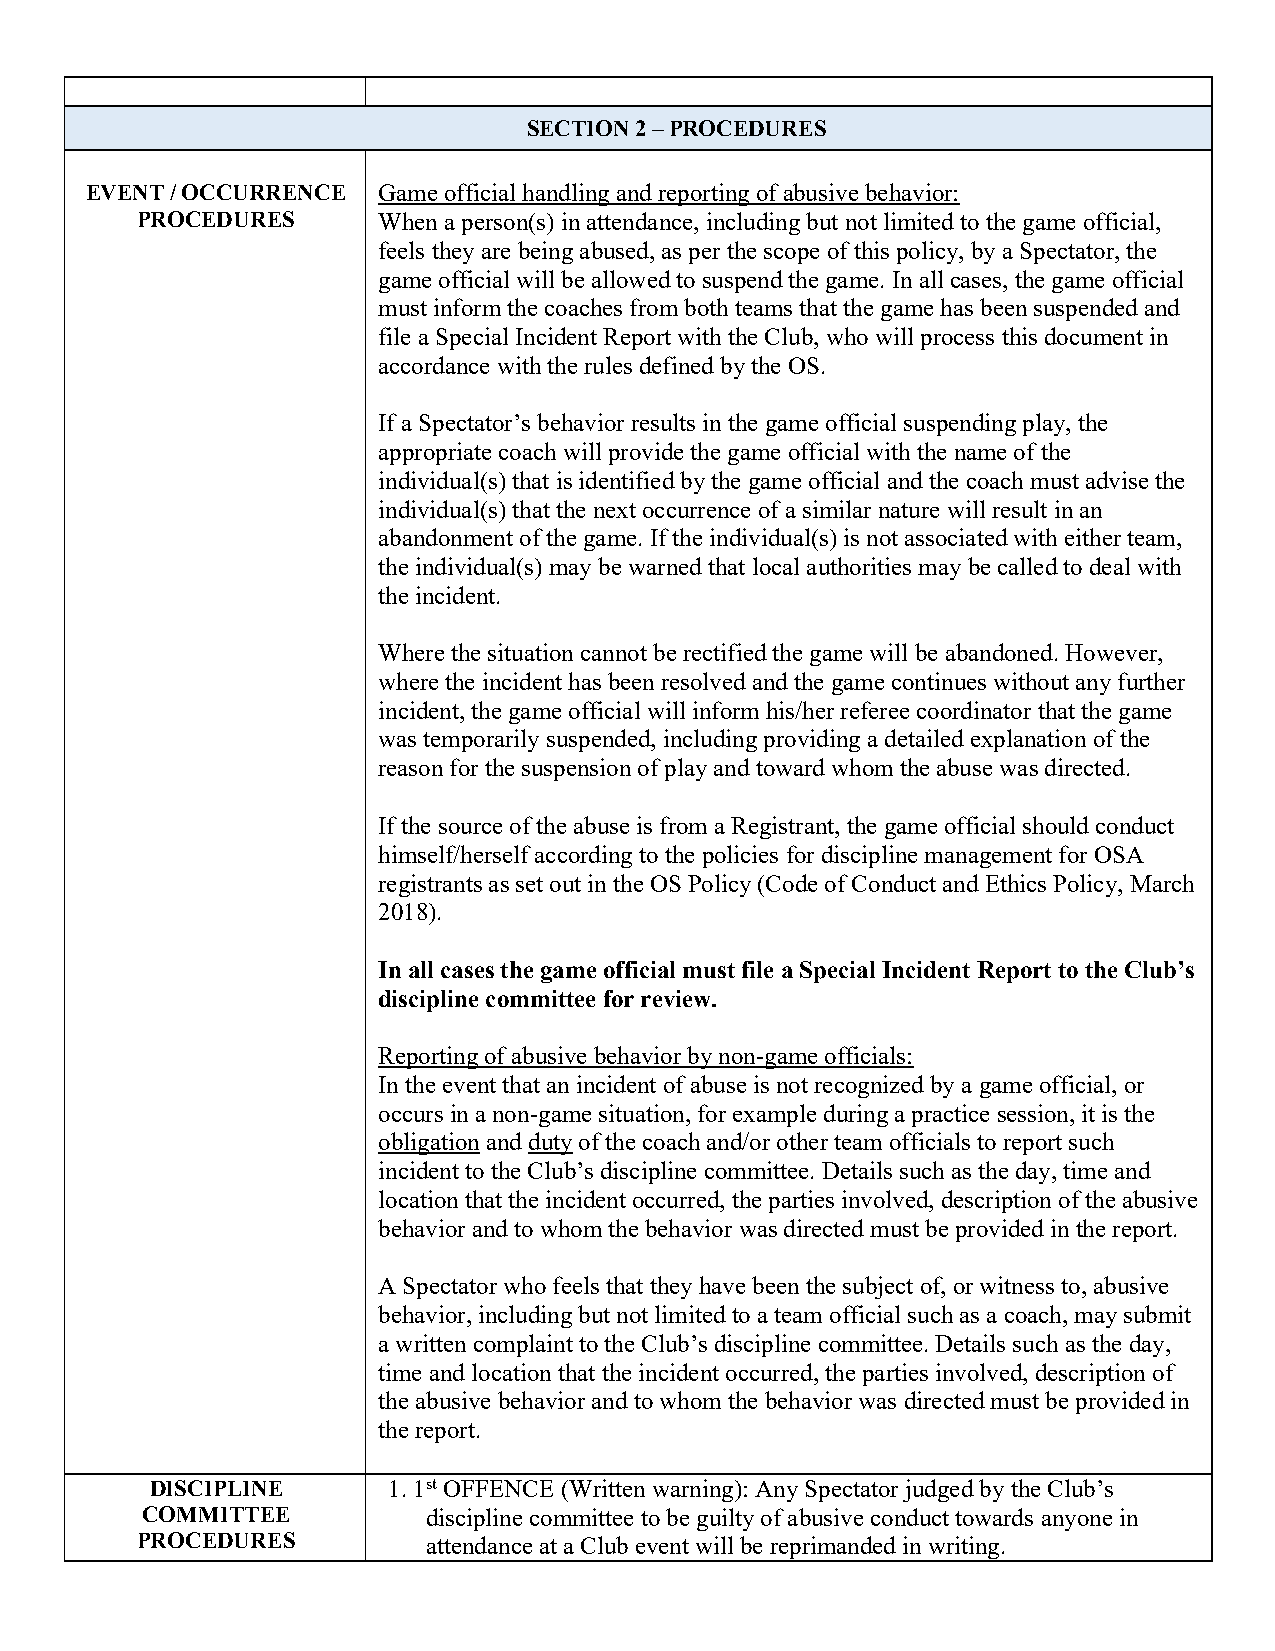
SECTION 2 – PROCEDURES
 EVENT / OCCURRENCE Game official handling and reporting of abusive behavior:
 PROCEDURES      When a person(s) in attendance, including but not limited to the game official,
 feels they are being abused, as per the scope of this policy, by a Spectator, the
 game official will be allowed to suspend the game. In all cases, the game official
 must inform the coaches from both teams that the game has been suspended and
 file a Special Incident Report with the Club, who will process this document in
 accordance with the rules defined by the OS.
 If a Spectator’s behavior results in the game official suspending play, the
 appropriate coach will provide the game official with the name of the
 individual(s) that is identified by the game official and the coach must advise the
 individual(s) that the next occurrence of a similar nature will result in an
 abandonment of the game. If the individual(s) is not associated with either team,
 the individual(s) may be warned that local authorities may be called to deal with
 the incident.
 Where the situation cannot be rectified the game will be abandoned. However,
 where the incident has been resolved and the game continues without any further
 incident, the game official will inform his/her referee coordinator that the game
 was temporarily suspended, including providing a detailed explanation of the
 reason for the suspension of play and toward whom the abuse was directed.
 If the source of the abuse is from a Registrant, the game official should conduct
 himself/herself according to the policies for discipline management for OSA
 registrants as set out in the OS Policy (Code of Conduct and Ethics Policy, March
 2018).
 In all cases the game official must file a Special Incident Report to the Club’s
 discipline committee for review.
 Reporting of abusive behavior by non-game officials:
 In the event that an incident of abuse is not recognized by a game official, or
 occurs in a non-game situation, for example during a practice session, it is the
 obligation and duty of the coach and/or other team officials to report such
 incident to the Club’s discipline committee. Details such as the day, time and
 location that the incident occurred, the parties involved, description of the abusive
 behavior and to whom the behavior was directed must be provided in the report.
 A Spectator who feels that they have been the subject of, or witness to, abusive
 behavior, including but not limited to a team official such as a coach, may submit
 a written complaint to the Club’s discipline committee. Details such as the day,
 time and location that the incident occurred, the parties involved, description of
 the abusive behavior and to whom the behavior was directed must be provided in
 the report.
 DISCIPLINE      1. 1st OFFENCE (Written warning): Any Spectator judged by the Club’s
 COMMITTEE          discipline committee to be guilty of abusive conduct towards anyone in
 PROCEDURES         attendance at a Club event will be reprimanded in writing.